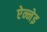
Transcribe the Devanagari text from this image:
ऐन्नेइ